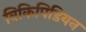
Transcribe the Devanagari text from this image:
विकिपिडियन